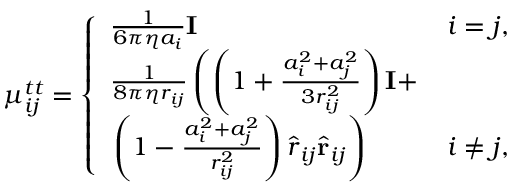
\begin{array} { r } { \mu _ { i j } ^ { t t } = \left\{ \begin{array} { l l } { \frac { 1 } { 6 \pi \eta a _ { i } } \mathbf { I } } & { i = j , } \\ { \frac { 1 } { 8 \pi \eta r _ { i j } } \left( \left( 1 + \frac { a _ { i } ^ { 2 } + a _ { j } ^ { 2 } } { 3 r _ { i j } ^ { 2 } } \right) \mathbf { I } + \right. } \\ { \left. \left( 1 - \frac { a _ { i } ^ { 2 } + a _ { j } ^ { 2 } } { r _ { i j } ^ { 2 } } \right) \hat { \boldsymbol { r } } _ { i j } \hat { \mathbf { r } } _ { i j } \right) } & { i \neq j , } \end{array} \right. } \end{array}